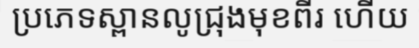
ប្រភេទស្ពានលូជ្រុងមុខពីរ ហើយ